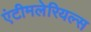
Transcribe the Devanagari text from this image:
एंटीमलेरियल्स